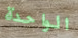
الواحدة